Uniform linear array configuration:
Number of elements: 12
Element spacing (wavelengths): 0.75
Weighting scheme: exponential
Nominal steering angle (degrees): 45
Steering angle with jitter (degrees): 45.534
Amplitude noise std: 0.05
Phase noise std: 0.05

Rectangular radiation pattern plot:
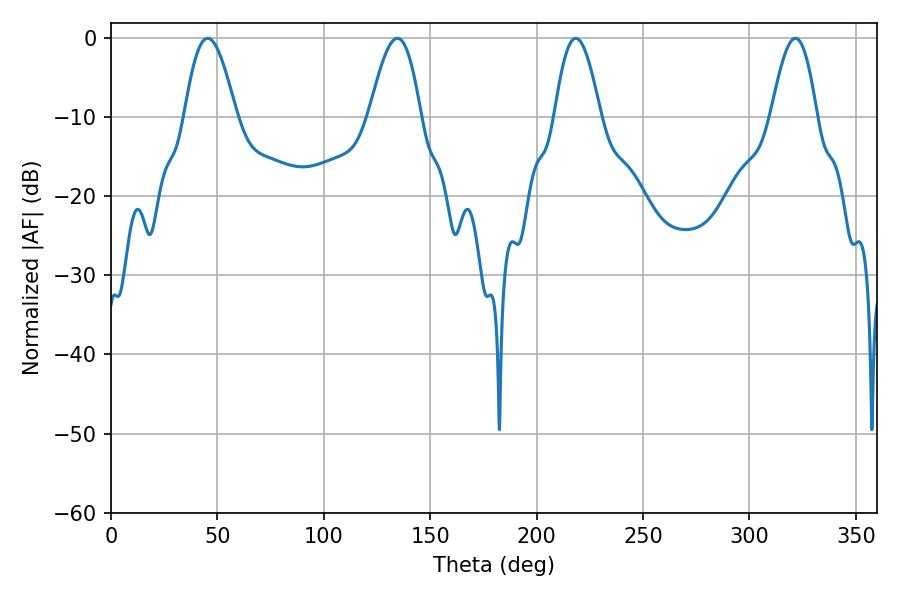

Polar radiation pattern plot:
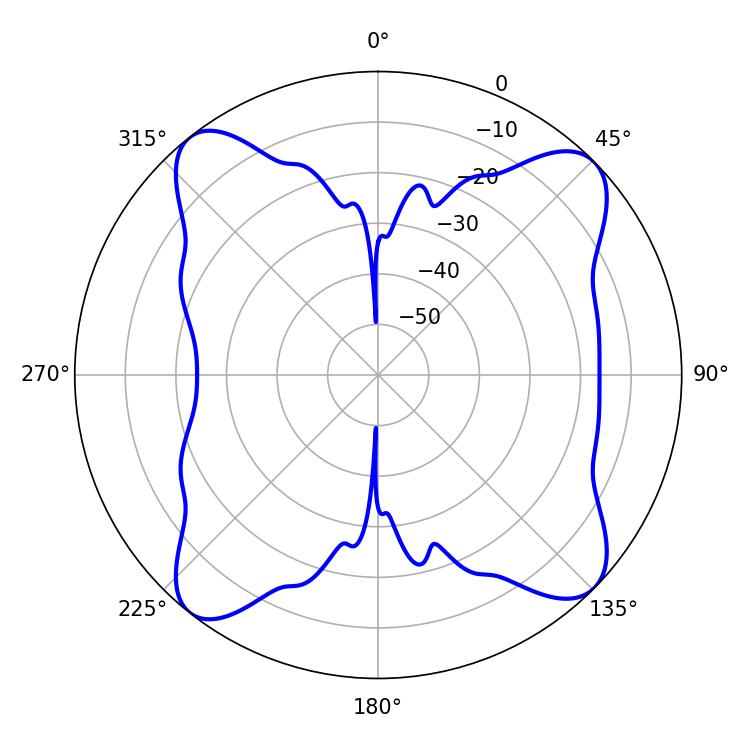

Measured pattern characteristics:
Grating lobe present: TRUE
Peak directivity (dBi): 13.269
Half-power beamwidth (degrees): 11.7
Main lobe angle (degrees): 218.34